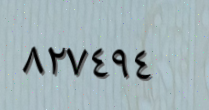
٨٢٧٤٩٤